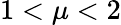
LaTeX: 1<\mu<2